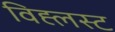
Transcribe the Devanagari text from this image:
विह्लस्ट